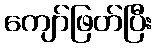
ကျော်ဖြတ်ပြီး